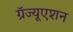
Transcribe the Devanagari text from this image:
ग्रॅज्यूएशन